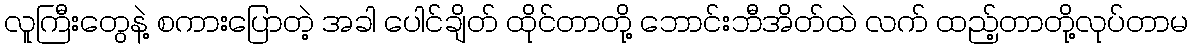
လူကြီးတွေနဲ့ စကားပြောတဲ့ အခါ ပေါင်ချိတ် ထိုင်တာတို့ ဘောင်းဘီအိတ်ထဲ လက် ထည့်တာတို့လုပ်တာမ